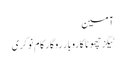
آمین
ٹیگزچھوٹا کاروبار روگار کام نوکری